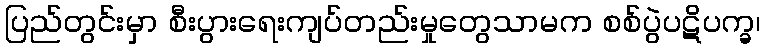
ပြည်တွင်းမှာ စီးပွားရေးကျပ်တည်းမှုတွေသာမက စစ်ပွဲပဋိပက္ခ၊